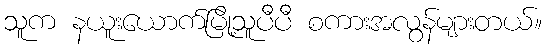
သူက နယူးယောက်မြို့သူပီပီ စကားအလွန်များတယ်။